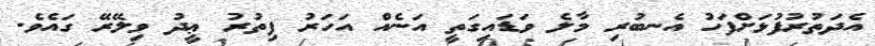
އެދަތުރުފުޅަށްފަހު އެނބުރި މާލެ ވަޑައިގަތީ އަނެއް އަހަރު ފިތުރު ޢީދު ވިލޭރޭ ގައެވެ.